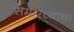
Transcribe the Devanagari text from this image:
समारच्याचा